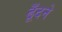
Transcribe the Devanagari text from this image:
ढूँदने